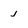
Character: j